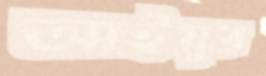
আইয়ুর